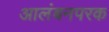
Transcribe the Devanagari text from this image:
आलंबनपरक